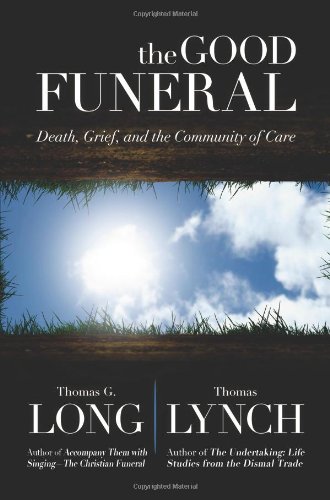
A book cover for The Good Funeral: Death, Grief, and the Community of Care; Thomas G. Long; Politics & Social Sciences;